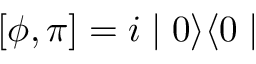
[ \phi , \pi ] = i \mid 0 \rangle \langle 0 \mid